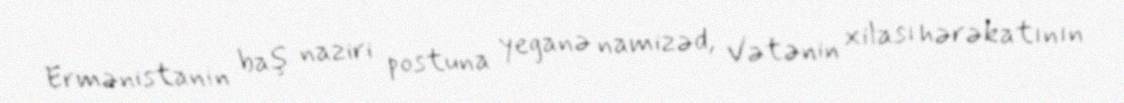
Ermənistanın baş naziri postuna yeganə namizəd, Vətənin xilası hərəkatının